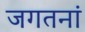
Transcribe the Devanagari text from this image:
जगतनां